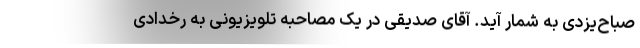
صباح‌یزدی به شمار آید. آقای صدیقی در یک مصاحبه تلویزیونی به رخدادی